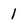
Character: 1